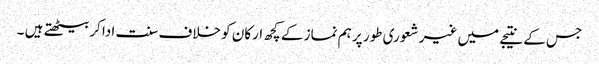
جس کے نتیجے میں غیر شعوری طور پر ہم نماز کے کچھ ارکان کو خلاف سنت ادا کربیٹھتے ہیں ۔